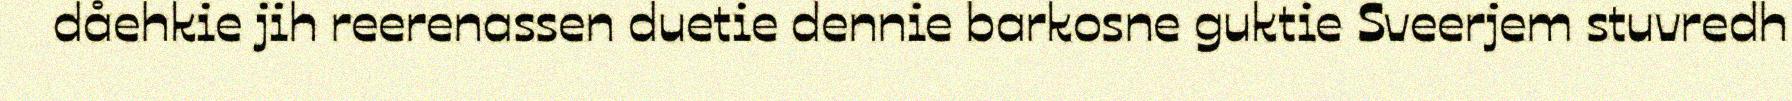
dåehkie jih reerenassen duetie dennie barkosne guktie Sveerjem stuvredh